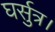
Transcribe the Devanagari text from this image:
घर्सुत्र।